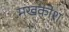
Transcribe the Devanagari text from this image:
मखकोश